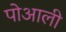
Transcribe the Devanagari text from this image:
पोआली